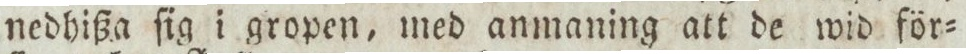
nedhißa ſig i gropen, med anmaning att de wid för=